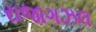
રાજાગઝલ